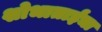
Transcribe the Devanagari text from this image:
शोभाताईंचा